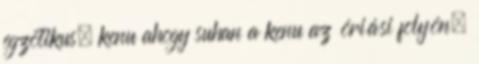
egzotikus, kenu ahogy suhan a kenu az óriási folyón,